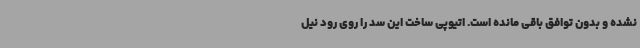
نشده و بدون توافق باقی مانده است. اتیوپی ساخت این سد را روی رود نیل